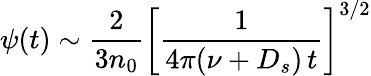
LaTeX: \psi(t)\sim\frac{2}{3n_{0}}\left[\frac{1}{4\pi(\nu+D_{s})\, t}\right]^{3/2}